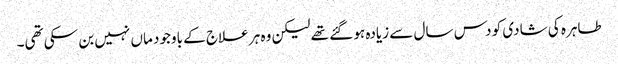
طاہرہ کی شادی کو دس سال سے زیادہ ہو گئے تھے لیکن وہ ہر علاج کے باوجود ماں نہیں بن سکی تھی۔